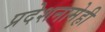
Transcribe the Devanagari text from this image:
प्रदेशनामेही